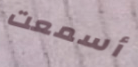
أسمعت